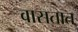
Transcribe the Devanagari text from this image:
वासतात